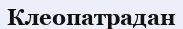
Клеопатрадан